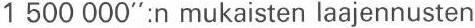
1 500 000":n mukaisten laajennusten